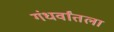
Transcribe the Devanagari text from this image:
गंधर्वांतला